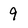
Character: 9